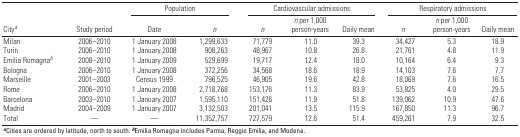
| <ROWSPAN=2> Citya | <ROWSPAN=2> Study period | <COLSPAN=2> Population | <COLSPAN=3> Cardiovascular admissions | <COLSPAN=3> Respiratory admissions |
 | Date | n | n | n per 1,000 person-years | Daily mean | n | n per 1,000 person-years | Daily mean |
 | --- | --- | --- | --- | --- | --- | --- | --- | --- | --- |
 | Milan | 2006–2010 | 1 January 2008 | 1,299,633 | 71,779 | 11.0 | 39.3 | 34,427 | 5.3 | 18.9 |
 | Turin | 2006–2010 | 1 January 2008 | 908,263 | 48,967 | 10.8 | 26.8 | 21,761 | 4.8 | 11.9 |
 | Emilia Romagnab | 2008–2010 | 1 January 2009 | 529,699 | 19,717 | 12.4 | 18.0 | 10,164 | 6.4 | 9.3 |
 | Bologna | 2006–2010 | 1 January 2008 | 372,256 | 34,568 | 18.6 | 18.9 | 14,103 | 7.6 | 7.7 |
 | Marseille | 2001–2003 | Census 1999 | 796,525 | 46,905 | 19.6 | 42.8 | 18,069 | 7.6 | 16.5 |
 | Rome | 2006–2010 | 1 January 2008 | 2,718,768 | 153,176 | 11.3 | 83.9 | 53,825 | 4.0 | 29.5 |
 | Barcelona | 2003–2010 | 1 January 2007 | 1,595,110 | 151,426 | 11.9 | 51.8 | 139,062 | 10.9 | 47.6 |
 | Madrid | 2004–2009 | 1 January 2007 | 3,132,503 | 201,041 | 13.5 | 115.9 | 167,850 | 11.3 | 96.7 |
 | Total | — | — | 11,352,757 | 727,579 | 12.6 | 51.4 | 459,261 | 7.9 | 32.5 |